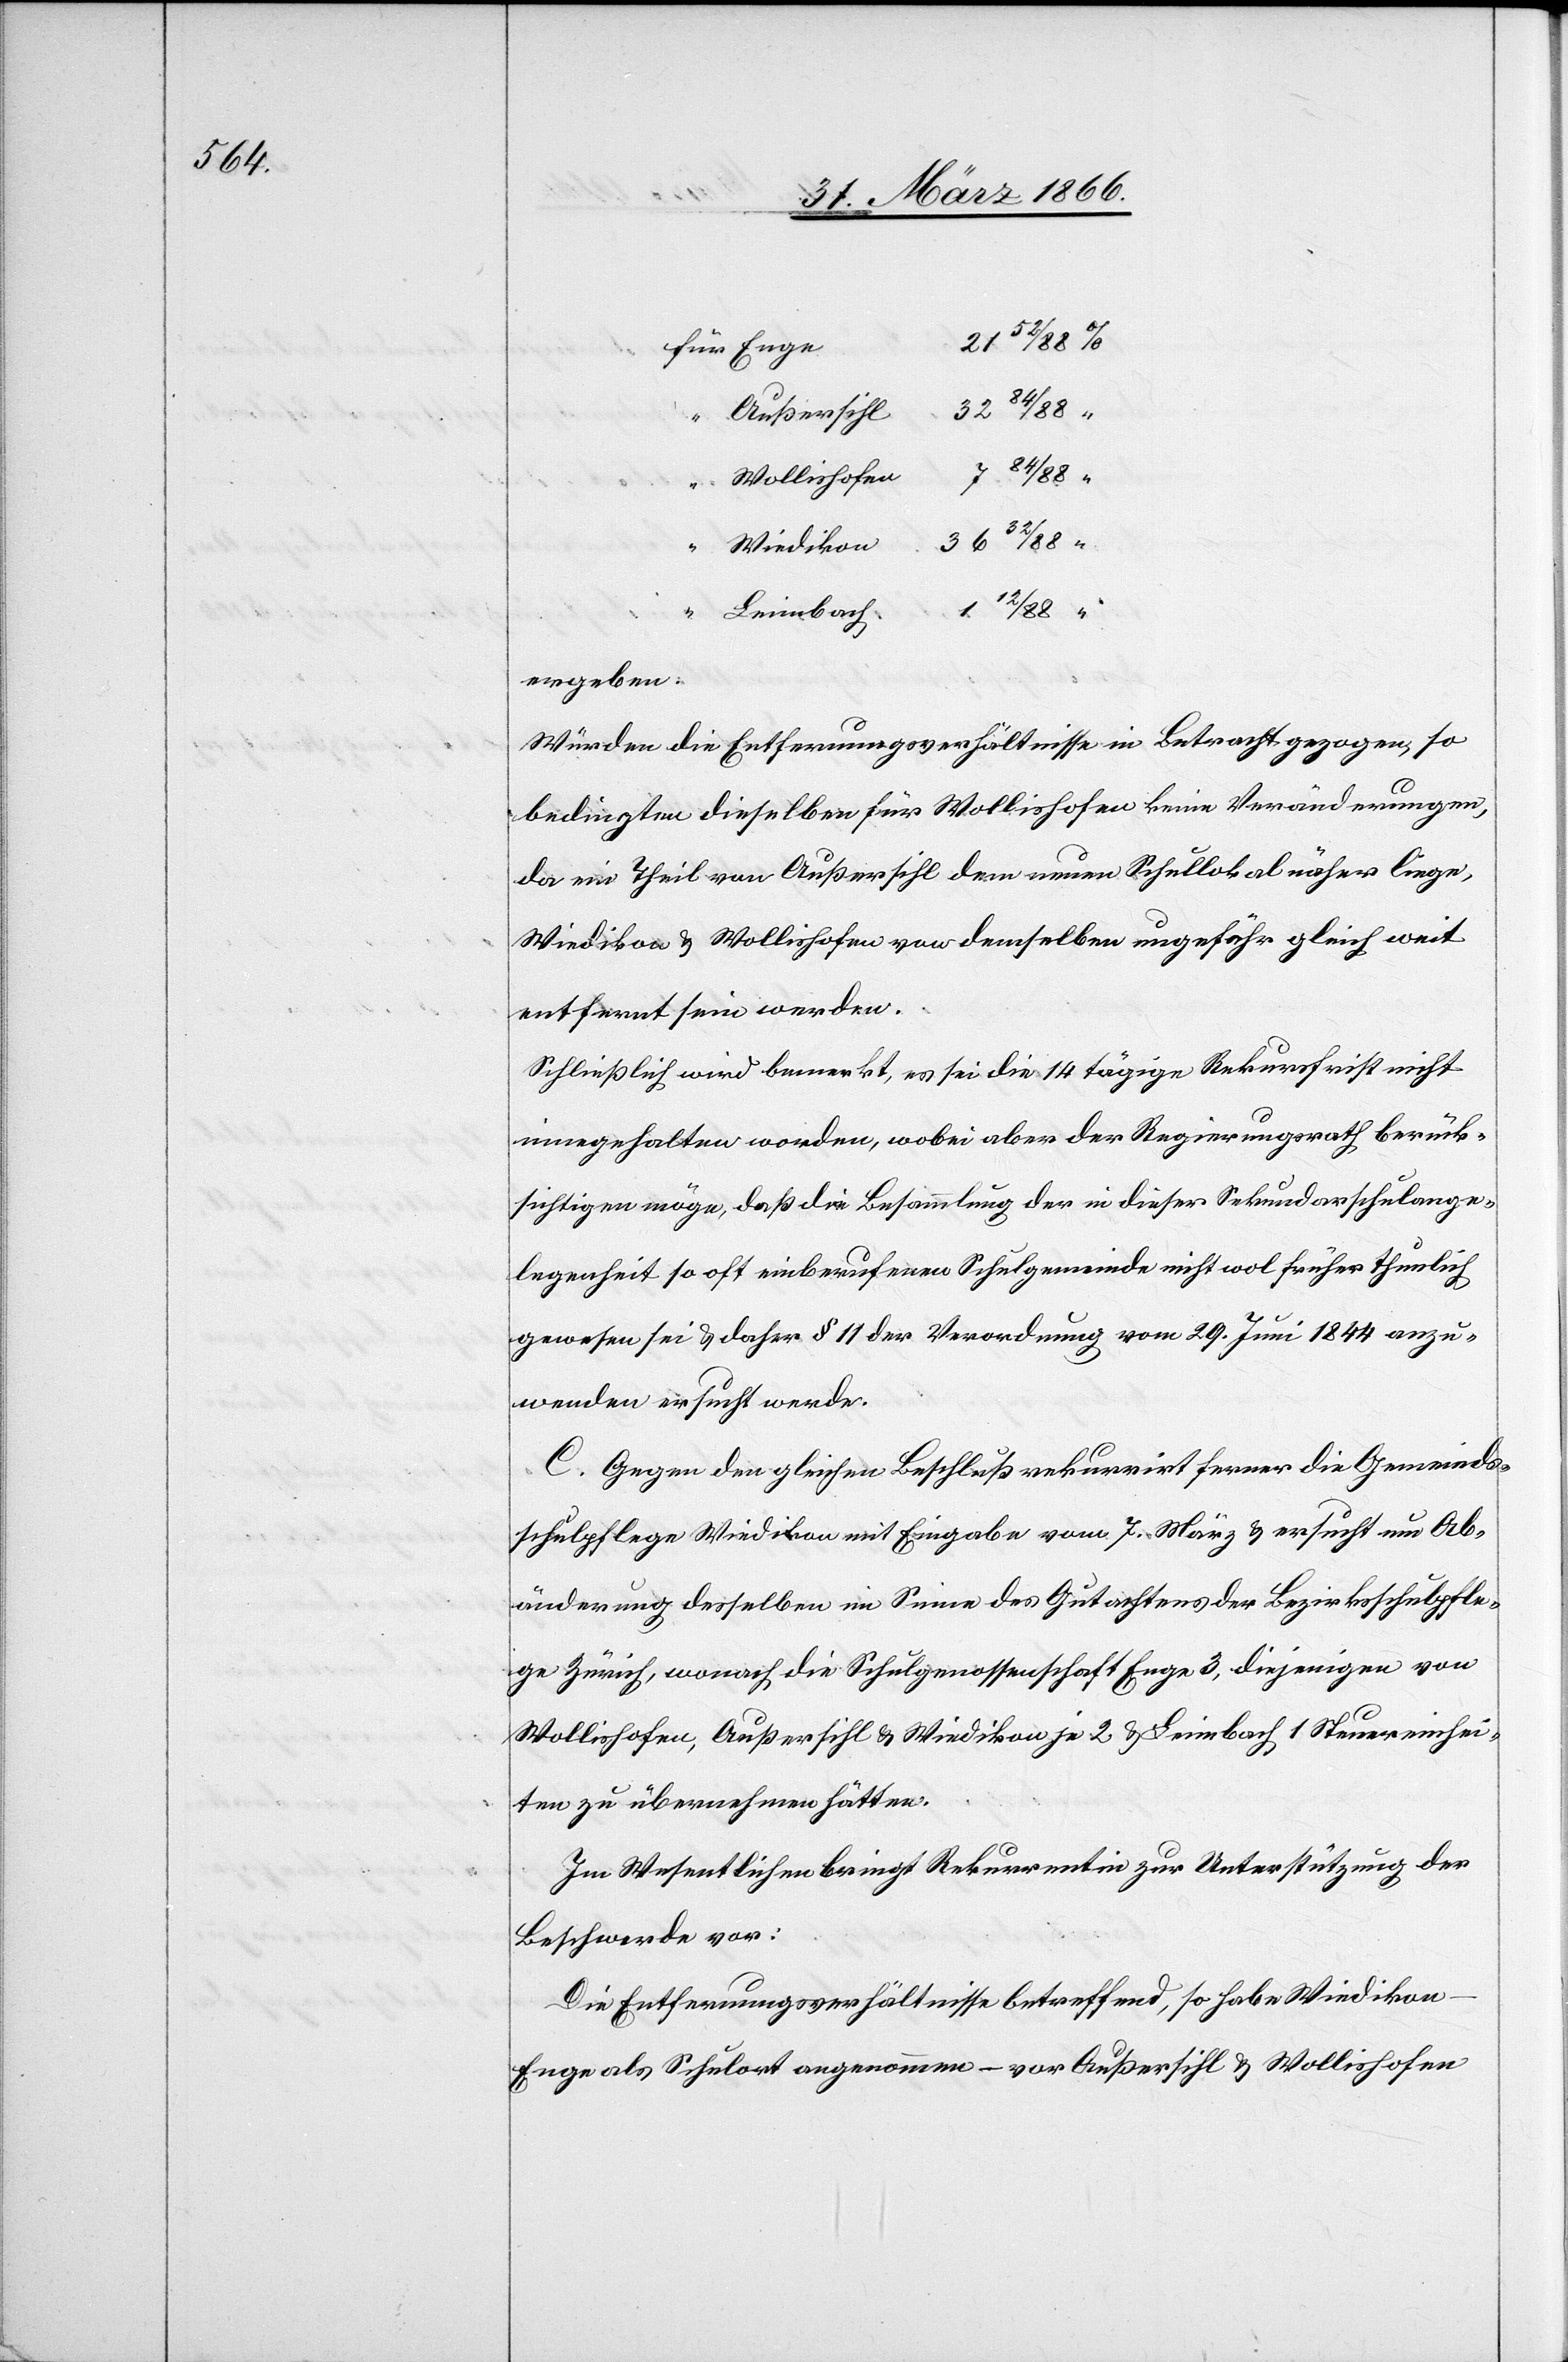
32 84/88
Außersihl
Wollishofen
Leimbach
ergeben.
Würden die Entfernungsverhältnisse in Betracht gezogen, so
bedingten dieselben für Wollishofen keine Veränderungen,
da ein Theil von Außersihl dem neuen Schullokal näher liege,
Wiedikon u. Wollishofen von demselben ungefähr gleich weit
entfernt sein werden.
Schließlich wird bemerkt, es sei die 14 tägige Rekursfrist nicht
innegehalten worden, wobei aber der Regierungsrath berück¬
sichtigen möge, daß die Besammlung der in dieser Sekundarschulange¬
legenheit so oft einberufenen Schulgemeinde nicht wol früher thunlich
gewesen sei u. daher § 11 der Verordnung vom 29. Juni 1844 anzu¬
wenden ersucht werde.
C. Gegen den gleichen Beschluß rekurrirt ferner die Gemeinds¬
schulpflege Wiedikon mit Eingabe vom 7. März u. ersucht um Ab¬
änderung desselben im Sinne des Gutachtens der Bezirksschulpfle¬
ge Zürich, wonach die Schulgenossenschaft Enge u. diejenigen von
Wollishofen, Außersihl u. Wiedikon je 2 u. Leimbach 1 Steuereinhei¬
ten zu übermachen hätten.
Im Wesentlichen bringt Rekurrentin zur Unterstützung der
Beschwerde vor:
Die Entfernungsverhältnisse betreffend, so habe Wiedikon
Enge als Schulort angenommen – vor Außersihl u Wollishofen